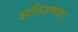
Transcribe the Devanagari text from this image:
आतिशकदा।